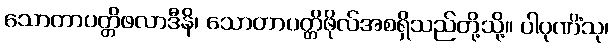
သောတာပတ္တိဖလာဒီနိ၊ သောတာပတ္တိဖိုလ်အစရှိသည်တို့သို့။ ပါပုဏိံသု၊